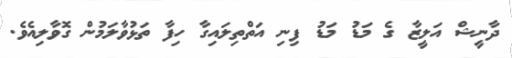
ދާނީޝް އަލީޒާ ގެ މަޑު މަޑު ފިނި އަތްތިލައިގާ ހިފާ ތަޅުވާލަމުން ގޮވާލިއެވެ.